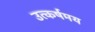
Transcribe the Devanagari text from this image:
उत्कर्षमय